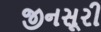
જીનસૂરી